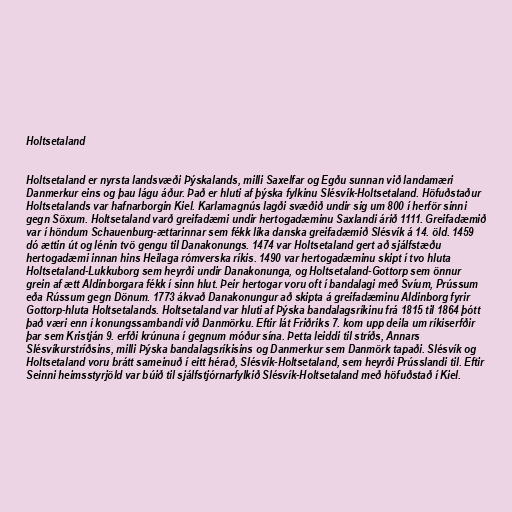
Holtsetaland

Holtsetaland er nyrsta landsvæði Þýskalands, milli Saxelfar og Egðu sunnan við landamæri
Danmerkur eins og þau lágu áður. Það er hluti af þýska fylkinu Slésvík-Holtsetaland. Höfuðstaður
Holtsetalands var hafnarborgin Kiel. Karlamagnús lagði svæðið undir sig um 800 í herför sinni
gegn Söxum. Holtsetaland varð greifadæmi undir hertogadæminu Saxlandi árið 1111. Greifadæmið
var í höndum Schauenburg-ættarinnar sem fékk líka danska greifadæmið Slésvík á 14. öld. 1459
dó ættin út og lénin tvö gengu til Danakonungs. 1474 var Holtsetaland gert að sjálfstæðu
hertogadæmi innan hins Heilaga rómverska ríkis. 1490 var hertogadæminu skipt í tvo hluta
Holtsetaland-Lukkuborg sem heyrði undir Danakonunga, og Holtsetaland-Gottorp sem önnur
grein af ætt Aldinborgara fékk í sinn hlut. Þeir hertogar voru oft í bandalagi með Svíum, Prússum
eða Rússum gegn Dönum. 1773 ákvað Danakonungur að skipta á greifadæminu Aldinborg fyrir
Gottorp-hluta Holtsetalands. Holtsetaland var hluti af Þýska bandalagsríkinu frá 1815 til 1864 þótt
það væri enn í konungssambandi við Danmörku. Eftir lát Friðriks 7. kom upp deila um ríkiserfðir
þar sem Kristján 9. erfði krúnuna í gegnum móður sína. Þetta leiddi til stríðs, Annars
Slésvíkurstríðsins, milli Þýska bandalagsríkisins og Danmerkur sem Danmörk tapaði. Slésvík og
Holtsetaland voru brátt sameinuð í eitt hérað, Slésvík-Holtsetaland, sem heyrði Prússlandi til. Eftir
Seinni heimsstyrjöld var búið til sjálfstjórnarfylkið Slésvík-Holtsetaland með höfuðstað í Kiel.